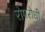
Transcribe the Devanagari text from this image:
रोगरोधी